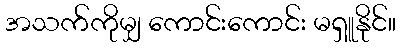
အသက်ကိုမျှ ကောင်းကောင်း မရှူနိုင်။